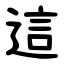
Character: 這